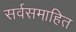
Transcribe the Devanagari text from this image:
सर्वसमाहित